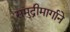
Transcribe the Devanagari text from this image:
समुद्रीमार्गाने